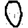
Digit: 0